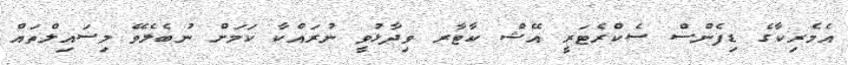
އެމެރިކާގެ ޑިފެންސް ސެކްރެޓަރީ އޭޝް ކާޓާރ ވިދާޅުވީ ނުރައްކާ ކަމަށް ނުބެލެވޭ މިސައިލްތައް